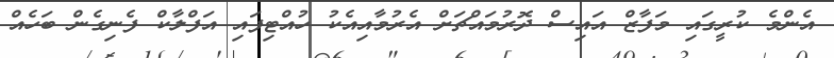
އެންމެ ކުރީގައި މަފާޒް އައިސް ދޮރުމައްޗަށް އެރުމާއިއެކު ހުއްޓިފައި އަފްލާކް ފެނިގެން ބަހެއް